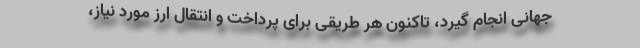
جهانی انجام گیرد، تاکنون هر طریقی برای پرداخت و انتقال ارز مورد نیاز،